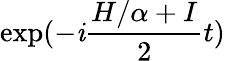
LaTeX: \exp(-\mathit{i}\frac{{H/\alpha+I}}{{2}}t)